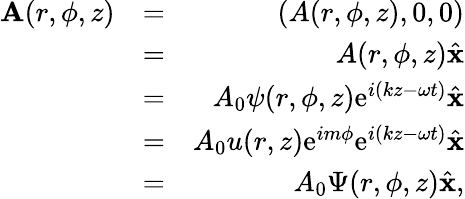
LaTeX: \begin{array}{rlr}{{\mathbf A}(r,\phi,z)}&{=}&{(A(r,\phi,z),0,0)}\\ &{=}&{A(r,\phi,z)\hat{\mathbf x}}\\ &{=}&{A_{0}\psi(r,\phi,z)\mathrm{e}^{i(kz-\omega t)}\hat{\mathbf x}}\\ &{=}&{A_{0}u(r,z)\mathrm{e}^{im\phi}\mathrm{e}^{i(kz-\omega t)}\hat{\mathbf x}}\\ &{=}&{A_{0}\Psi(r,\phi,z)\hat{\mathbf x},}\end{array}